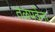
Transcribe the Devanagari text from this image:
तळपदेंना